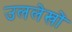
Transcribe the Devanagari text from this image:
उललेखों